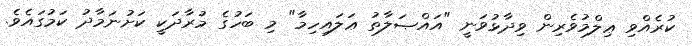
ކުރެއްވި ޢިލްމުވެރިން ވިދާޅުވަނީ "އައްޞަލާތު ޢަލައިހިމާ" މި ބަހުގެ މުރާދަކީ ކަށުނަމާދު ކަމުގައެވެ.